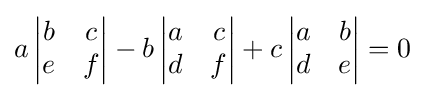
a\,{\begin{vmatrix}b&c\\e&f\end{vmatrix}}-b\,{\begin{vmatrix}a&c\\d&f\end{vmatrix}}+c\,{\begin{vmatrix}a&b\\d&e\end{vmatrix}}=0